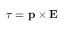
{ \boldsymbol { \tau } } = \mathbf { p } \times \mathbf { E }